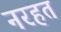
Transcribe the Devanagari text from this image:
नरहत